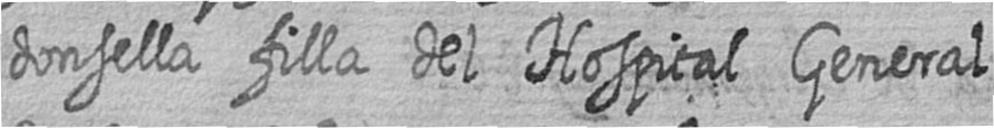
donsella filla del Hospital General